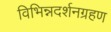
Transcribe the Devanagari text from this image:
विभिन्नदर्शनग्रहण